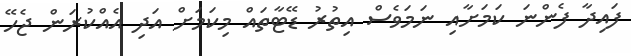
ފައިދާ ފެންނަ ކަމަށާއި ނަމަވެސް އިތުރު ޑޭޓާތައް މިކަމަށް އަދި އެއްކުރަން ޖެހޭ